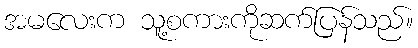
အမလေးက သူ့စကားကိုဆက်ပြန်သည်။